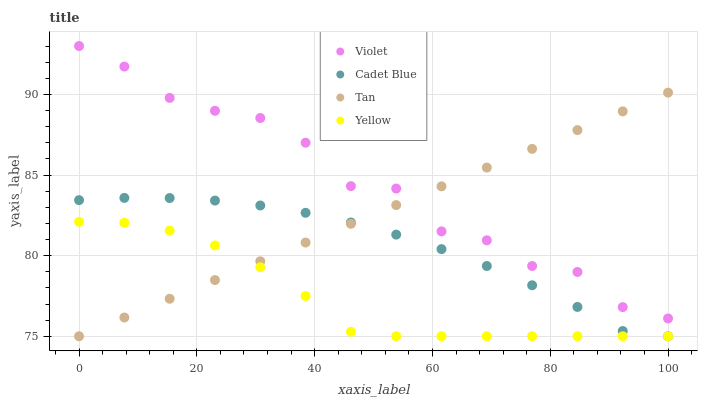
| xaxis_label | Violet | Cadet Blue | Tan | Yellow |
 | --- | --- | --- | --- | --- |
 | 0 | 93 | 83.4 | 75 | 82.1 |
 | 7.69 | 91.7 | 83.6 | 76.2 | 82 |
 | 15.4 | 89.8 | 83.6 | 77.3 | 81.6 |
 | 23.1 | 89 | 83.4 | 78.5 | 80.6 |
 | 30.8 | 88.5 | 83.1 | 79.6 | 79.3 |
 | 38.5 | 87 | 82.7 | 80.8 | 77.5 |
 | 46.2 | 84.3 | 82.1 | 82 | 75.3 |
 | 53.8 | 84.2 | 81.3 | 83.1 | 75 |
 | 61.5 | 81.5 | 80.4 | 84.3 | 75 |
 | 69.2 | 81 | 79.4 | 85.5 | 75 |
 | 76.9 | 79.4 | 78.2 | 86.6 | 75 |
 | 84.6 | 79 | 76.8 | 87.8 | 75 |
 | 92.3 | 76.8 | 75.3 | 88.9 | 75 |
 | 100 | 76.1 | 75 | 90.1 | 75 |